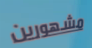
مشهورين